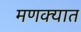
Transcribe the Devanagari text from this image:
मणक्‍यात